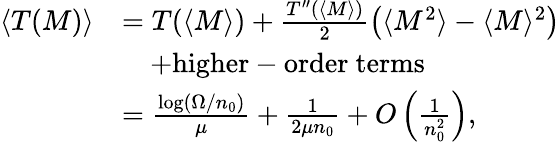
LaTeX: \begin{array}{rl}{\langle T(M)\rangle}&{=T(\langle M\rangle)+\frac{T^{\prime\prime}(\langle M\rangle)}{2}\left(\langle M^{2}\rangle-\langle M\rangle^{2}\right)}\\ &{\quad+\mathrm{higher-order~terms}}\\ &{=\frac{\log(\Omega/n_{0})}{\mu}+\frac{1}{2\mu n_{0}}+O\left(\frac{1}{n_{0}^{2}}\right),}\end{array}